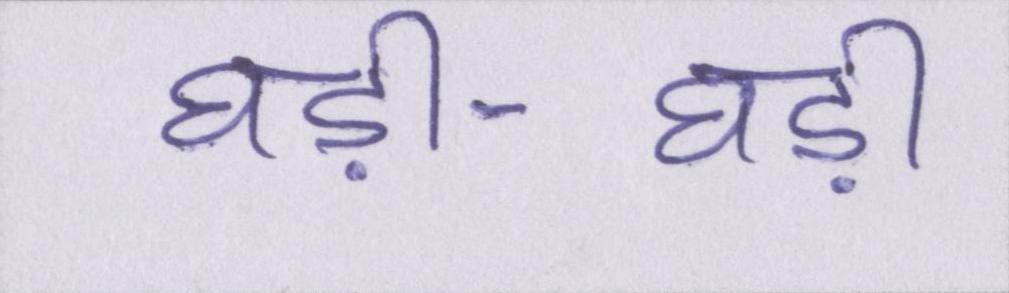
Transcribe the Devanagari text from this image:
घड़ी-घड़ी